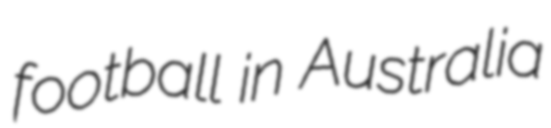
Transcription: football in Australia